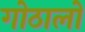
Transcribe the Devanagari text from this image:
गोठालो